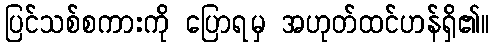
ပြင်သစ်စကားကို ပြောရမှ အဟုတ်ထင်ဟန်ရှိ၏။